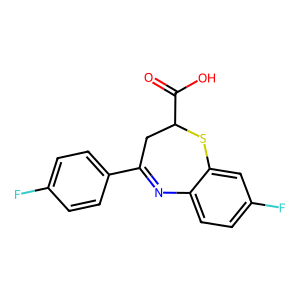
SMILES: O=C(O)C1CC(c2ccc(F)cc2)=Nc2ccc(F)cc2S1
Inhibits HIV replication: No